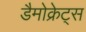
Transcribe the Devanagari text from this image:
डैमोक्रेट्स